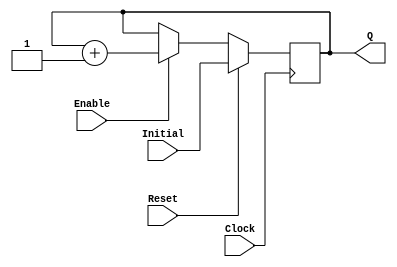
`timescale 1ns / 1ps
//------------------------------------------------
module UPCOUNTER_POSEDGE # (parameter SIZE=16)
(
input wire Clock, Reset,
input wire [SIZE-1:0] Initial,
input wire Enable,
output reg [SIZE-1:0] Q
);


  always @(posedge Clock )
  begin
      if (Reset)
        Q = Initial;
      else
		begin
		if (Enable)
			Q = Q + 1;

		end
  end

endmodule
//----------------------------------------------------
module FFD_POSEDGE_SYNCRONOUS_RESET # ( parameter SIZE=8 )
(
	input wire				Clock,
	input wire				Reset,
	input wire				Enable,
	input wire [SIZE-1:0]	D,
	output reg [SIZE-1:0]	Q
);


always @ (posedge Clock)
begin
	if ( Reset )
		Q <= 0;
	else
	begin
		if (Enable)
			Q <= D;
	end

end//always

endmodule


//----------------------------------------------------------------------
//Se define el mdulo de multiplicacin para implementar el "array multiplier"
module EMUL(
 input wire [31:0] wA,
 input wire [31:0] wB,
 input wire iCarry,
 output wire       oCarry,
 output wire [31:0] oR
);

     assign oR = wA + wB;
endmodule // EMUL



// Modulo para multiplicacion con Mux
module MUX(
	input wire [18:0] wCase0,
	input wire [18:0] wCase1,
	input wire [18:0] wCase2,
	input wire [18:0] wCase3,
	input wire [1:0] wSelection,
	output reg[18:0] oR
);
	always @(*)
	begin
	if(wSelection == 2'b00)
		begin
      oR <= wCase0;
		end
	else if (wSelection == 2'b01)
		begin
     oR <= wCase1;
		end

	else if (wSelection == 2'b10)
		begin
      oR <= wCase2;
	  end

	else if (wSelection == 2'b11)
		begin
     oR <= wCase3;
	  end
	end
endmodule // MUX